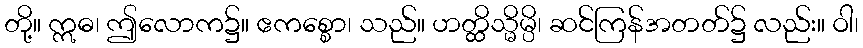
တို့။ ဣဓ၊ ဤလောက၌။ ဧကစ္စော၊ သည်။ ဟတ္ထိသ္မိမ္ပိ၊ ဆင်ကြန်အတတ်၌ လည်း။ ဝါ၊